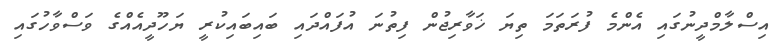
އިސްލާމްދީނުގައި އެންމެ ފުރަތަމަ ތިޔަ ޚަވާރިޖުން ފިތުނަ އުފައްދައި ބައިބައިކުރީ ޔަހޫދީއެއްގެ ވަސްވާހުގައި